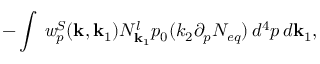
- \int \, { \it w } _ { p } ^ { S } ( { \bf k } , { \bf k } _ { 1 } ) N _ { { \bf k } _ { 1 } } ^ { l } p _ { 0 } ( k _ { 2 } \partial _ { p } { \cal N } _ { e q } ) \, d ^ { 4 } p \, d { \bf k } _ { 1 } ,